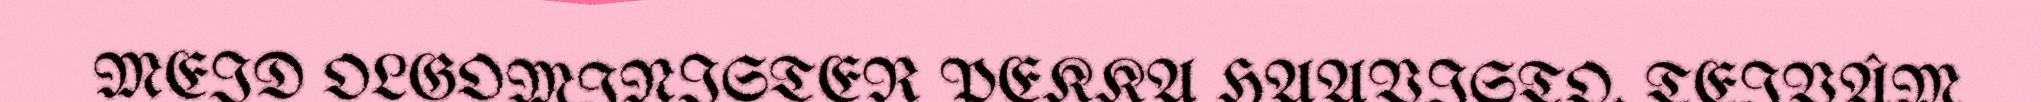
MEID OLGOMINISTER PEKKA HAAVISTO. TEIVÂM